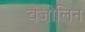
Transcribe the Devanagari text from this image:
बेंजोलिन